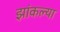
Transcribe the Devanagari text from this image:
झांकल्या